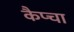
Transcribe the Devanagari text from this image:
कैप्चा